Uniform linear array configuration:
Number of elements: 32
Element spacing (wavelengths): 1
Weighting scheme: hann
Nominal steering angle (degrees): -30
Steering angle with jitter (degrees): -28.245
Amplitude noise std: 0.05
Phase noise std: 0.05

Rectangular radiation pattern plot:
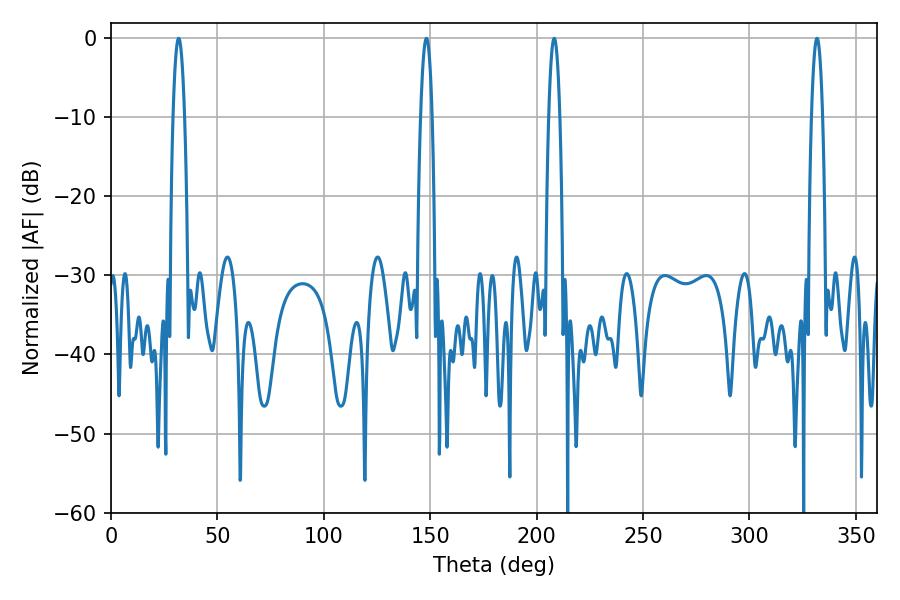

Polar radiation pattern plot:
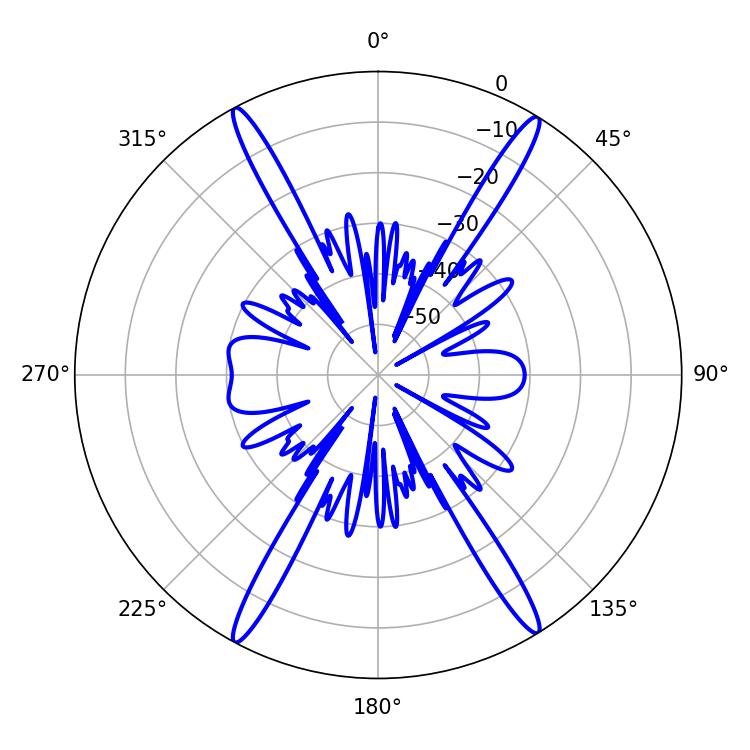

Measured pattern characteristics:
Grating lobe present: TRUE
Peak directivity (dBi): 24.047
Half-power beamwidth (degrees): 2.88
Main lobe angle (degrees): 331.74